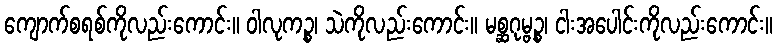
ကျောက်စရစ်ကိုလည်းကောင်း။ ဝါလုကဉ္စ၊ သဲကိုလည်းကောင်း။ မစ္ဆဂုမ္ဗဉ္စ၊ ငါးအပေါင်းကိုလည်းကောင်း။